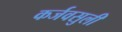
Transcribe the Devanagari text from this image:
कर्जवसुली